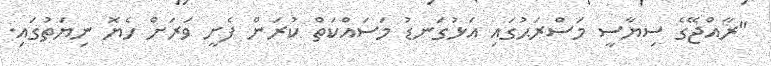
"ރާއްޖޭގެ ސިޔާސީ މަސްރަޙުގައި އަޅުގަނޑު މަސައްކަތް ކުރަން ފެށީ ވަރަށް ހެޔޮ ނިޔަތުގައި.